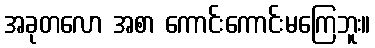
အခုတလော အစာ ကောင်းကောင်းမကြေဘူး။